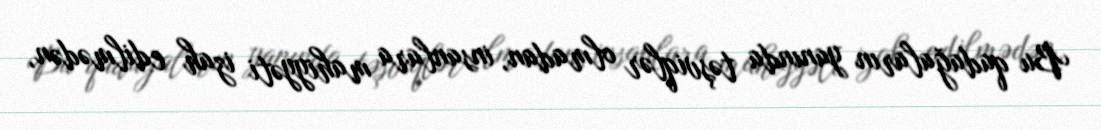
Bu qadağaların yanında təşviqlər olmadan, insanlara mahiyyəti izah edilmədən,